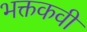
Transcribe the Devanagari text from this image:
भक्तकवी